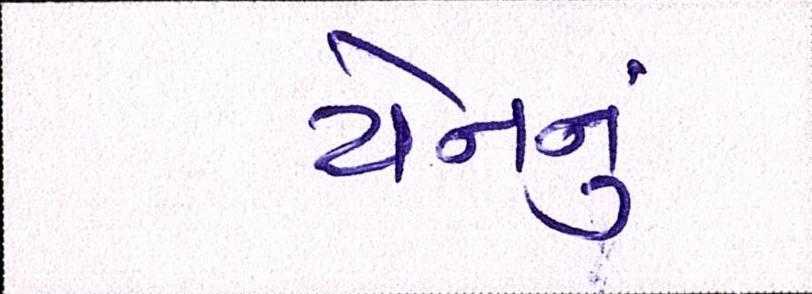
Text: યેનનું